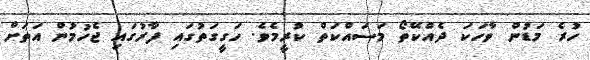
ހުރެ މަޑުން ވާހަކަ ދެއްކޭތޯ މަސައްކަތް ކުރީމެވެ. ހަގީގަތުގައި ފާރުގައި ޖެހުމުން އަތަށް